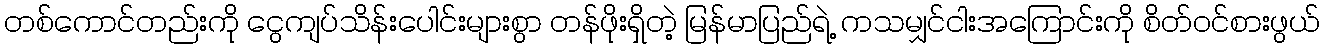
တစ်ကောင်တည်းကို ငွေကျပ်သိန်းပေါင်းများစွာ တန်ဖိုးရှိတဲ့ မြန်မာပြည်ရဲ့ ကသမျှင်ငါးအကြောင်းကို စိတ်ဝင်စားဖွယ်